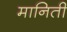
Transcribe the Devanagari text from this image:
मानिती